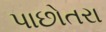
પાછોતરા